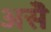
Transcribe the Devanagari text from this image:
असॆे